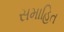
સમાહિત